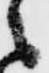
之